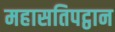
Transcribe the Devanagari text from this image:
महासतिपट्ठान